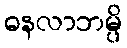
ဓနလာဘမ္ပိ